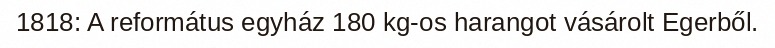
1818: A református egyház 180 kg-os harangot vásárolt Egerből.